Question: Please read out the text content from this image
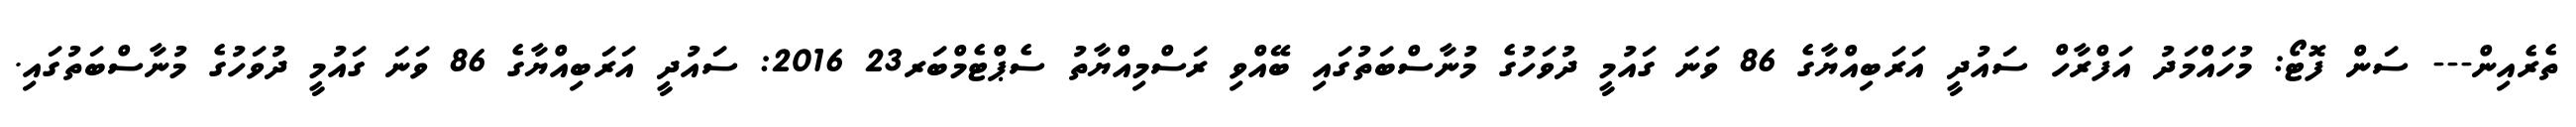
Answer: ތެރެއިން--- ސަން ފޮޓޯ: މުހައްމަދު އަފްރާހް ސައުދީ އަރަބިއްޔާގެ 86 ވަނަ ގައުމީ ދުވަހުގެ މުނާސްބަތުގައި ބޭއްވި ރަސްމިއްޔާތު ސެޕްޓެމްބަރ23 2016: ސައުދީ އަރަބިއްޔާގެ 86 ވަނަ ގައުމީ ދުވަހުގެ މުނާސްބަތުގައި.